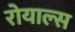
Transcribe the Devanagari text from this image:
रोयाल्स